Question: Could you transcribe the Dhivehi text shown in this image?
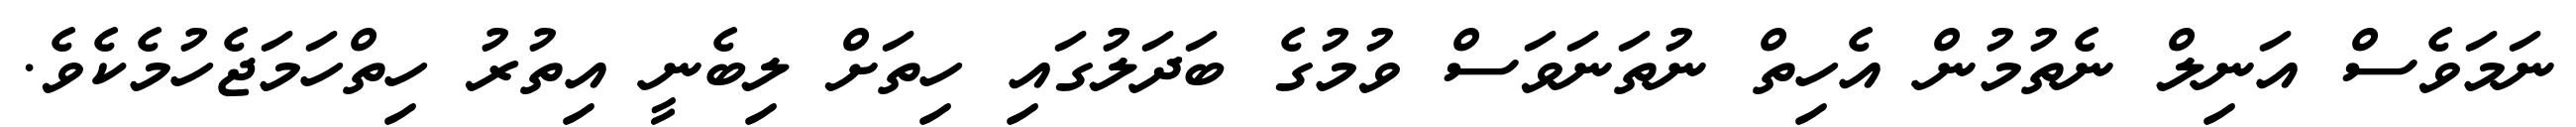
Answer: ނަމަވެސް އަނިލް ނެތުމުން އެހިތް ނުތަނަވަސް ވުމުގެ ބަދަލުގައި ހިތަށް ލިބެނީ އިތުރު ހިތްހަމަޖެހުމެކެވެ.